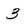
Character: 3